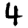
Digit: 4